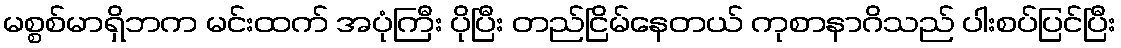
မစ္စစ်မာရှိဘက မင်းထက် အပုံကြီး ပိုပြီး တည်ငြိမ်နေတယ် ကုစာနာဂိသည် ပါးစပ်ပြင်ပြီး